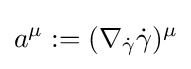
a^{\mu }:=(\nabla _{\dot {\gamma }}{\dot {\gamma }})^{\mu }